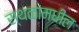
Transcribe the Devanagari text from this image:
स्थळांमधील